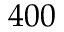
4 0 0